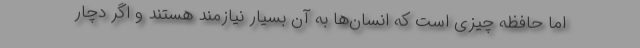
اما حافظه چیزی است که انسان‌ها به آن بسیار نیازمند هستند و اگر دچار